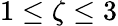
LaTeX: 1\leq\zeta\leq 3